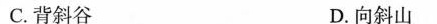
C.背斜谷 D.向斜山